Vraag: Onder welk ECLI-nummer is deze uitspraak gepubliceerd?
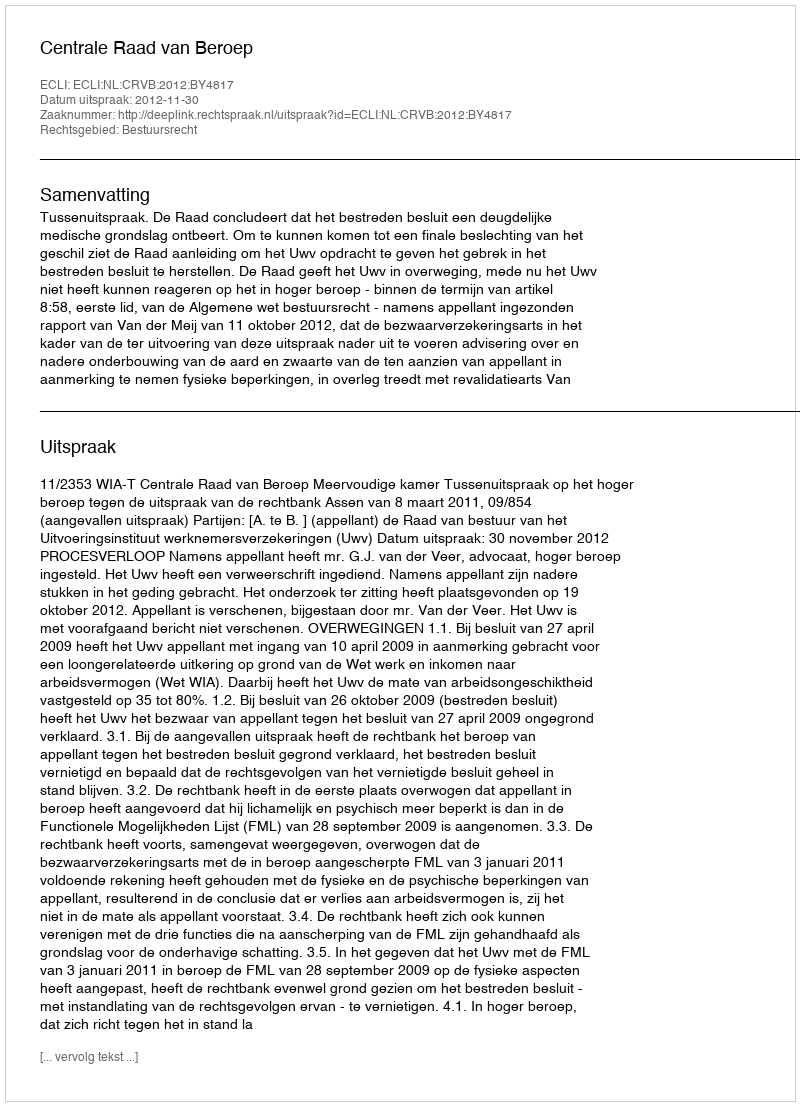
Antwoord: ECLI:NL:CRVB:2012:BY4817